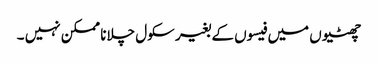
چھٹیوں میں فیسوں کے بغیر سکول چلانا ممکن نہیں ۔